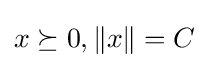
x\succeq 0,\|x\|=C